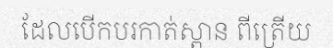
ដែលបើកបរកាត់ស្ពាន ពីត្រើយ